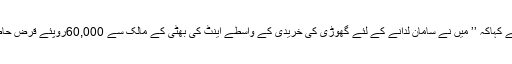
انہوں نے کہاکہ ’’ میں نے سامان لدانے کے لئے گھوڑی کی خریدی کے واسطے اینٹ کی بھٹی کے مالک سے 60,000روپئے قرض حاصل کیا۔